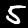
Digit: 5